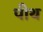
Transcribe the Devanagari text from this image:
पीथ